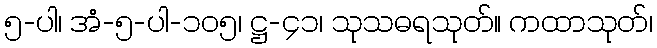
၅-ပါ၊ အံ-၅-ပါ-၁၀၅၊ ဋ္ဌ-၄၁၊ သုသဓရသုတ်။ ကထာသုတ်၊